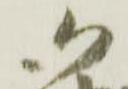
御